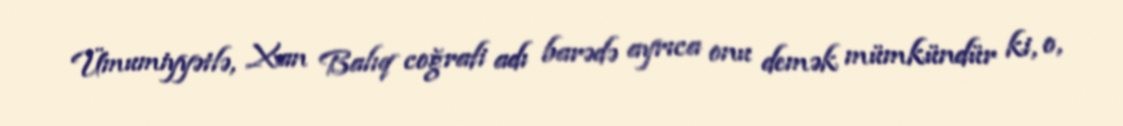
Ümumiyyətlə, Xan Balıq coğrafi adı barədə ayrıca onu demək mümkündür ki, o,